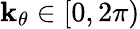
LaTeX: \mathbf{k}_{\theta}\in[0,2\pi)